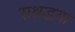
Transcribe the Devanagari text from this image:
सश्रद्धया